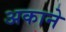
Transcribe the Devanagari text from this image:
अकाने